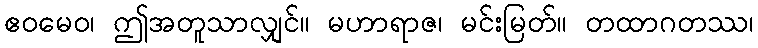
ဧဝမေဝ၊ ဤအတူသာလျှင်။ မဟာရာဇ၊ မင်းမြတ်။ တထာဂတဿ၊